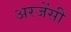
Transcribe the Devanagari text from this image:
अरजेंसी